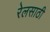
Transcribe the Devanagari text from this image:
रेलसाठी